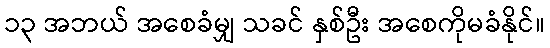
၁၃ အဘယ် အစေခံမျှ သခင် နှစ်ဦး အစေကိုမခံနိုင်။